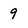
Character: 9